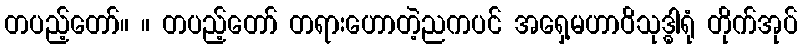
တပည့်တော်။ ။ တပည့်တော် တရားဟောတဲ့ညကပင် အရှေ့မဟာဝိသုဒ္ဓါရုံ တိုက်အုပ်